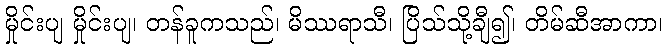
မှိုင်းပျ မှိုင်းပျ၊ တန်ခူကသည်၊ မိဿရာသီ၊ ပြိသ်သို့ချီ၍၊ တိမ်ဆီအာကာ၊